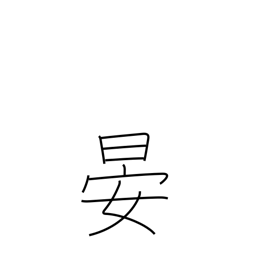
Meaning: sets (sun)